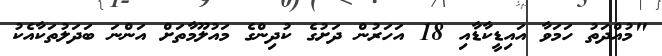
"މުއްދަތު ހަމަވާ އައިޑީކާޑާއި 18 އަހަރުން ދަށުގެ ކުދިންގެ މައުލޫމާތަށް އަންނަ ބަދަލުތަކާއެކު